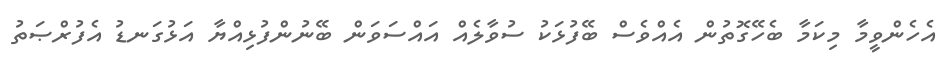
އެހެންވީމާ މިކަމާ ބެހޭގޮތުން އެއްވެސް ބޭފުޅަކު ސުވާލެއް އައްސަވަން ބޭނުންފުޅިއްޔާ އަޅުގަނޑު އެފުރްޞަތު